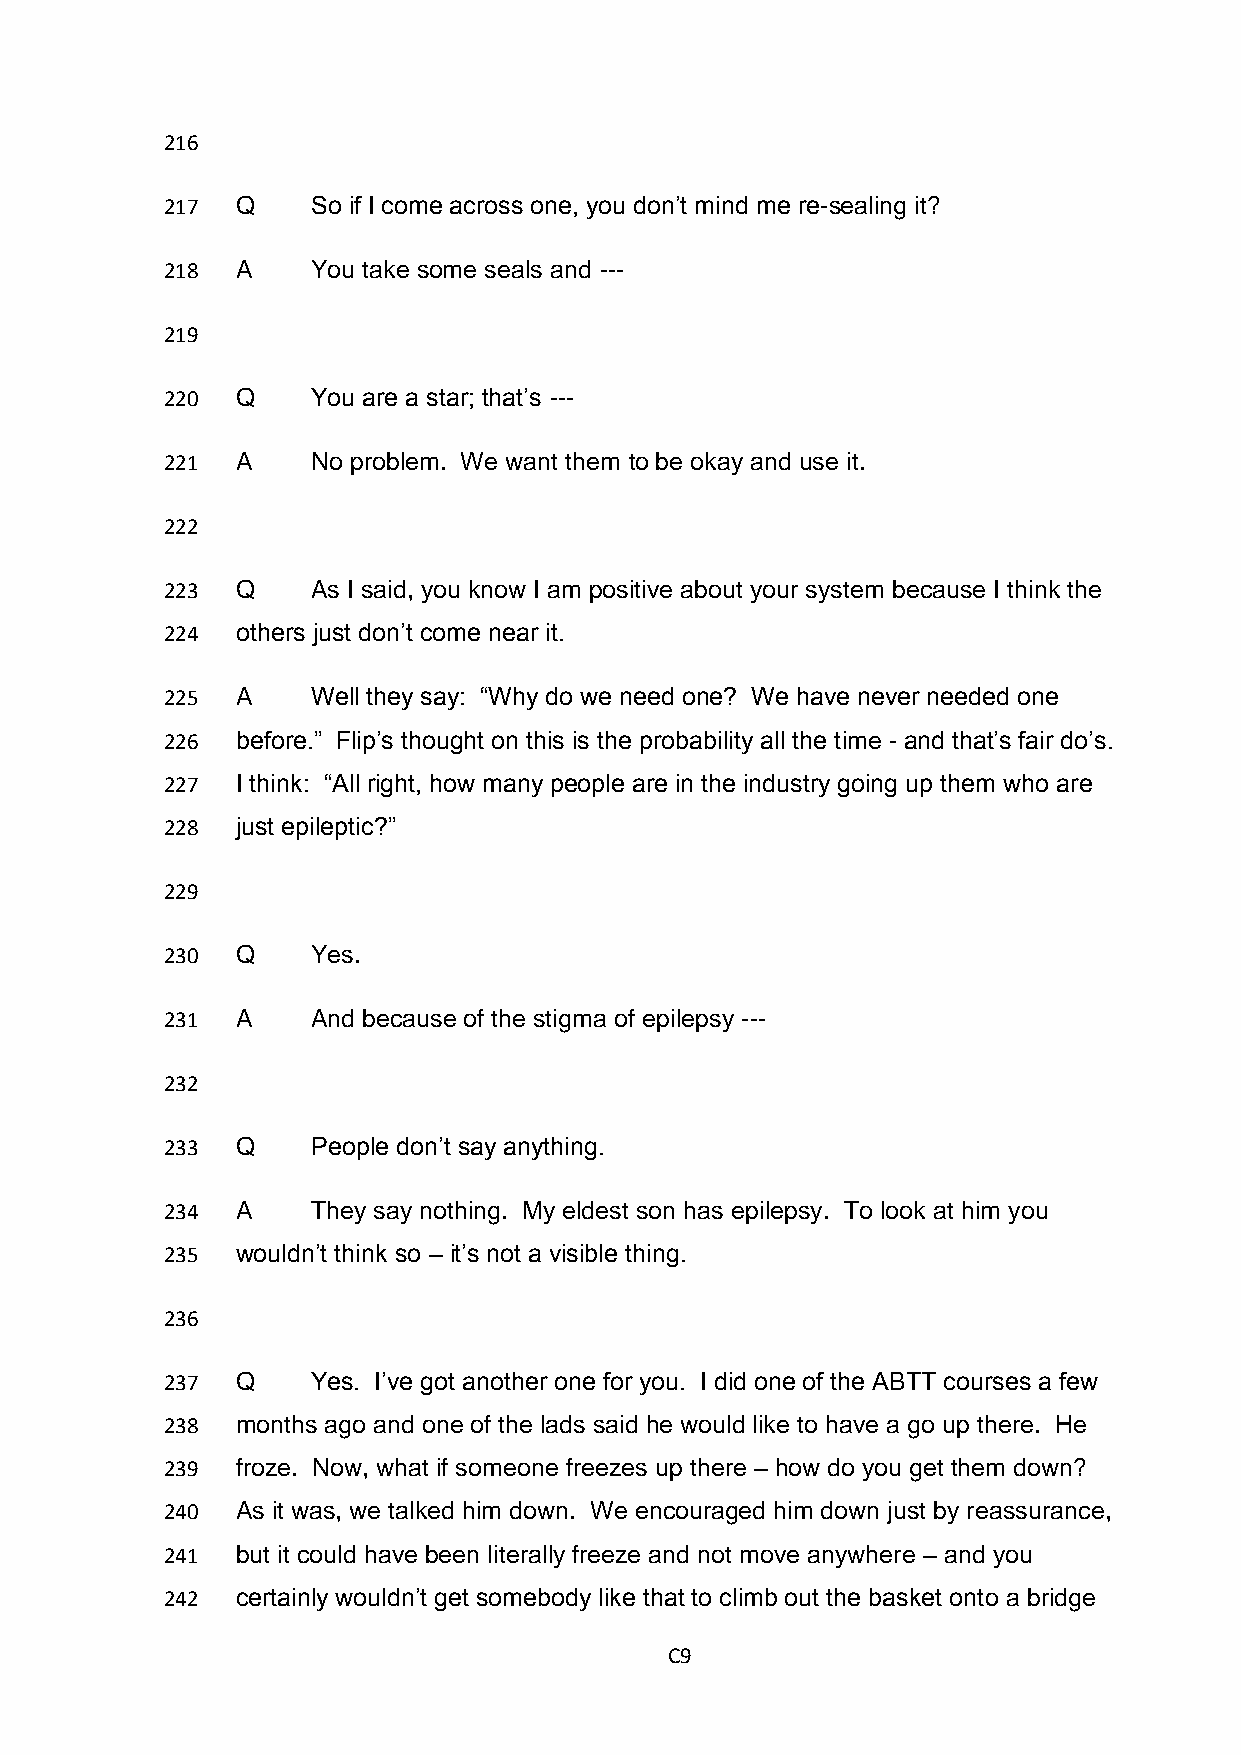
216
 217  Q    So if I come across one, you don’t mind me re-sealing it?
 218  A    You take some seals and ---
 219
 220  Q    You are a star; that’s ---
 221  A    No problem. We want them to be okay and use it.
 222
 223  Q    As I said, you know I am positive about your system because I think the
 224  others just don’t come near it.
 225  A    Well they say: “Why do we need one? We have never needed one
 226  before.” Flip’s thought on this is the probability all the time - and that’s fair do’s.
 227  I think: “All right, how many people are in the industry going up them who are
 228  just epileptic?”
 229
 230  Q    Yes.
 231  A    And because of the stigma of epilepsy ---
 232
 233  Q    People don’t say anything.
 234  A    They say nothing. My eldest son has epilepsy. To look at him you
 235  wouldn’t think so – it’s not a visible thing.
 236
 237  Q    Yes. I’ve got another one for you. I did one of the ABTT courses a few
 238  months ago and one of the lads said he would like to have a go up there. He
 239  froze. Now, what if someone freezes up there – how do you get them down?
 240  As it was, we talked him down. We encouraged him down just by reassurance,
 241  but it could have been literally freeze and not move anywhere – and you
 242  certainly wouldn’t get somebody like that to climb out the basket onto a bridge
 C9